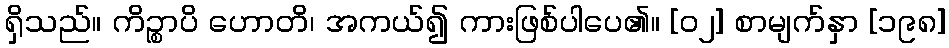
ရှိသည်။ ကိဉ္စာပိ ဟောတိ၊ အကယ်၍ ကားဖြစ်ပါပေ၏။ [၀၂] စာမျက်နှာ [၁၉၈]